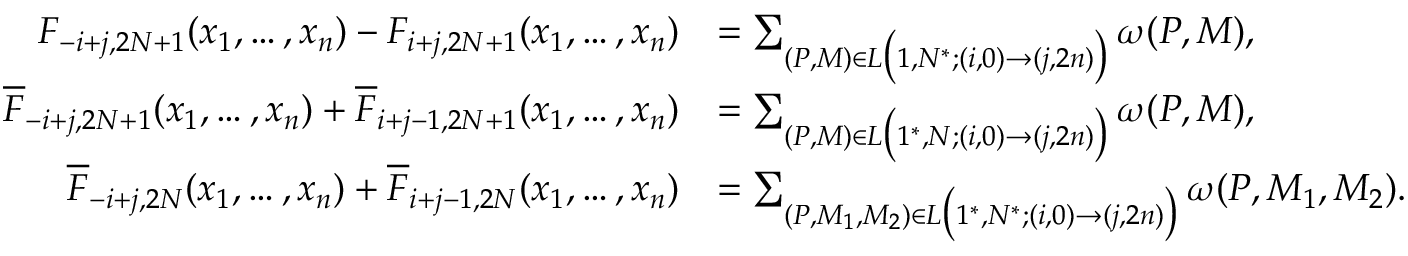
\begin{array} { r l } { F _ { - i + j , 2 N + 1 } ( x _ { 1 } , \dots , x _ { n } ) - F _ { i + j , 2 N + 1 } ( x _ { 1 } , \dots , x _ { n } ) } & { = \sum _ { ( P , M ) \in L \big ( 1 , N ^ { * } ; ( i , 0 ) \to ( j , 2 n ) \big ) } \omega ( P , M ) , } \\ { \overline { { F } } _ { - i + j , 2 N + 1 } ( x _ { 1 } , \dots , x _ { n } ) + \overline { { F } } _ { i + j - 1 , 2 N + 1 } ( x _ { 1 } , \dots , x _ { n } ) } & { = \sum _ { ( P , M ) \in L \big ( 1 ^ { * } , N ; ( i , 0 ) \to ( j , 2 n ) \big ) } \omega ( P , M ) , } \\ { \overline { { F } } _ { - i + j , 2 N } ( x _ { 1 } , \dots , x _ { n } ) + \overline { { F } } _ { i + j - 1 , 2 N } ( x _ { 1 } , \dots , x _ { n } ) } & { = \sum _ { ( P , M _ { 1 } , M _ { 2 } ) \in L \big ( 1 ^ { * } , N ^ { * } ; ( i , 0 ) \to ( j , 2 n ) \big ) } \omega ( P , M _ { 1 } , M _ { 2 } ) . } \end{array}